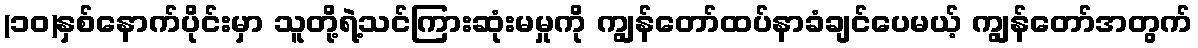
(၁ဝ)နှစ်နောက်ပိုင်းမှာ သူတို့ရဲ့သင်ကြားဆုံးမမှုကို ကျွန်တော်ထပ်နာခံချင်ပေမယ့် ကျွန်တော်အတွက်